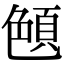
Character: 𦫤